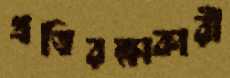
প্রতিরক্ষাকারী